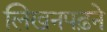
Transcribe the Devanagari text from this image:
लिखनपढ़ने